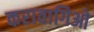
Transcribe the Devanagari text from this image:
करावागिओ